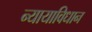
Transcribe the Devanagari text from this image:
न्यायाविधान